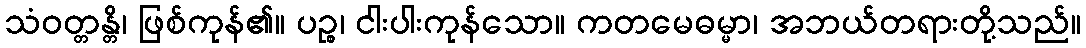
သံဝတ္တန္တိ၊ ဖြစ်ကုန်၏။ ပဉ္စ၊ ငါးပါးကုန်သော။ ကတမေဓမ္မာ၊ အဘယ်တရားတို့သည်။